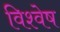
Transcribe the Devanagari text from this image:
विश्वेष